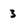
Character: 3